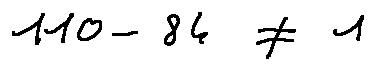
1 1 0 - 8 4 \neq 1